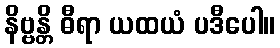
နိဗ္ဗန္တိ ဓီရာ ယထယံ ပဒီပေါ။